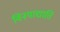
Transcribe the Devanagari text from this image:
विनयाद्याति